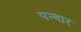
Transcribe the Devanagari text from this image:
पन्वार